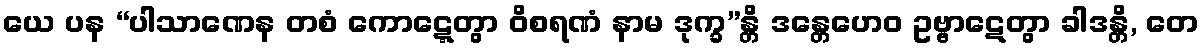
ယေ ပန “ပါသာဏေန တစံ ကောဋ္ဋေတွာ ဝိစရဏံ နာမ ဒုက္ခ”န္တိ ဒန္တေဟေဝ ဥဗ္ဗာဋေတွာ ခါဒန္တိ, တေ